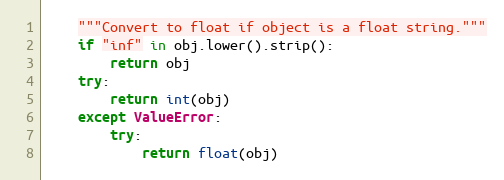
Language: Python
    """Convert to float if object is a float string."""
    if "inf" in obj.lower().strip():
        return obj
    try:
        return int(obj)
    except ValueError:
        try:
            return float(obj)